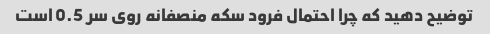
توضیح دهید که چرا احتمال فرود سکه منصفانه روی سر 0.5 است